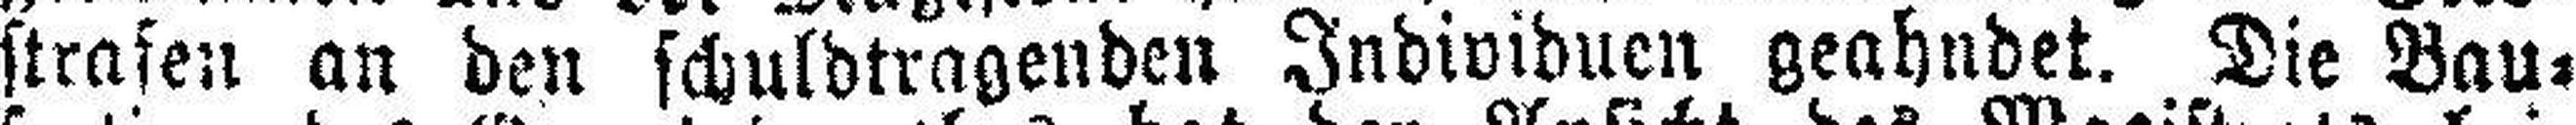
strafen an den schuldtragenden Individuen geahndet. Die Bau¬